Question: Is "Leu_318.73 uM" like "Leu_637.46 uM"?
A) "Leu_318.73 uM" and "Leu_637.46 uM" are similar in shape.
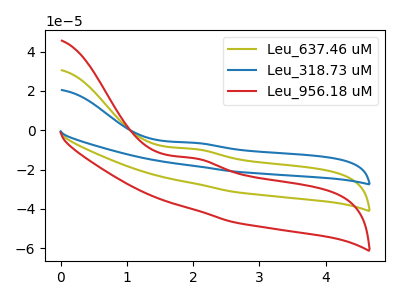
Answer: <think>The olive curve "Leu_637.46 uM" has an anodic peak at: (2.00V, -9.55uA). The blue curve "Leu_318.73 uM" has an anodic peak at: (2.00V, -6.40uA). The red curve "Leu_956.18 uM" has an anodic peak at: (2.00V, -19.10uA).
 All the peaks in "Leu_318.73 uM" have a peak in "Leu_637.46 uM" at the same potential. Every peak in "Leu_318.73 uM" is higher than every peak in "Leu_637.46 uM".</think>
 <answer>A) "Leu_318.73 uM" and "Leu_637.46 uM" are similar in shape.</answer>
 <eval>A</eval>